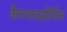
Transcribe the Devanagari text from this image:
कैनथाक्सेंथिन